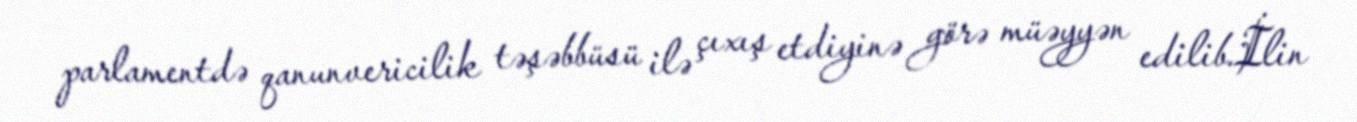
parlamentdə qanunvericilik təşəbbüsü ilə çıxış etdiyinə görə müəyyən edilib.İlin